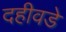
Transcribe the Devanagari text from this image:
दहीवडे